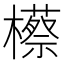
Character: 櫒